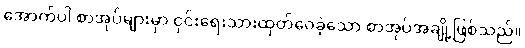
အောက်ပါ စာအုပ်များမှာ ငှင်းရေးသားထုတ်ဝေခဲ့သော စာအုပ်အချို့ဖြစ်သည်။